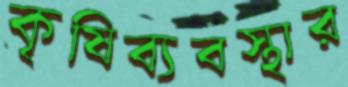
কৃষিব্যবস্থার